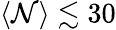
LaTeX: \langle\mathcal{N}\rangle\lesssim30